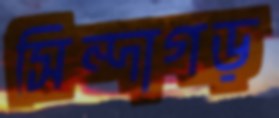
সিন্দাগড়